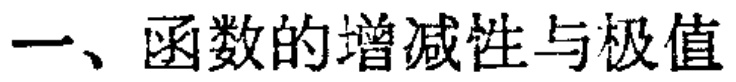
一、函数的增减性与极值